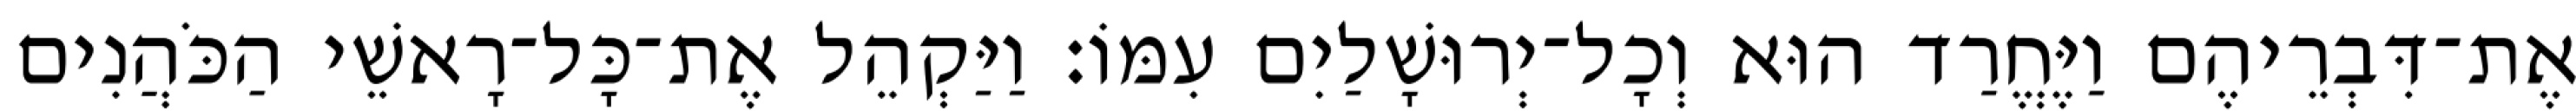
אֶת־דִּבְרֵיהֶם וַיֶּחֱרַד הוּא וְכָל־יְרוּשָׁלַיִם עִמּוֹ׃ וַיַּקְהֵל אֶת־כָּל־רָאשֵׁי הַכֹּהֲנִים